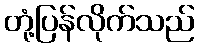
တုံ့ပြန်လိုက်သည်